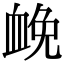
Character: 𧖵